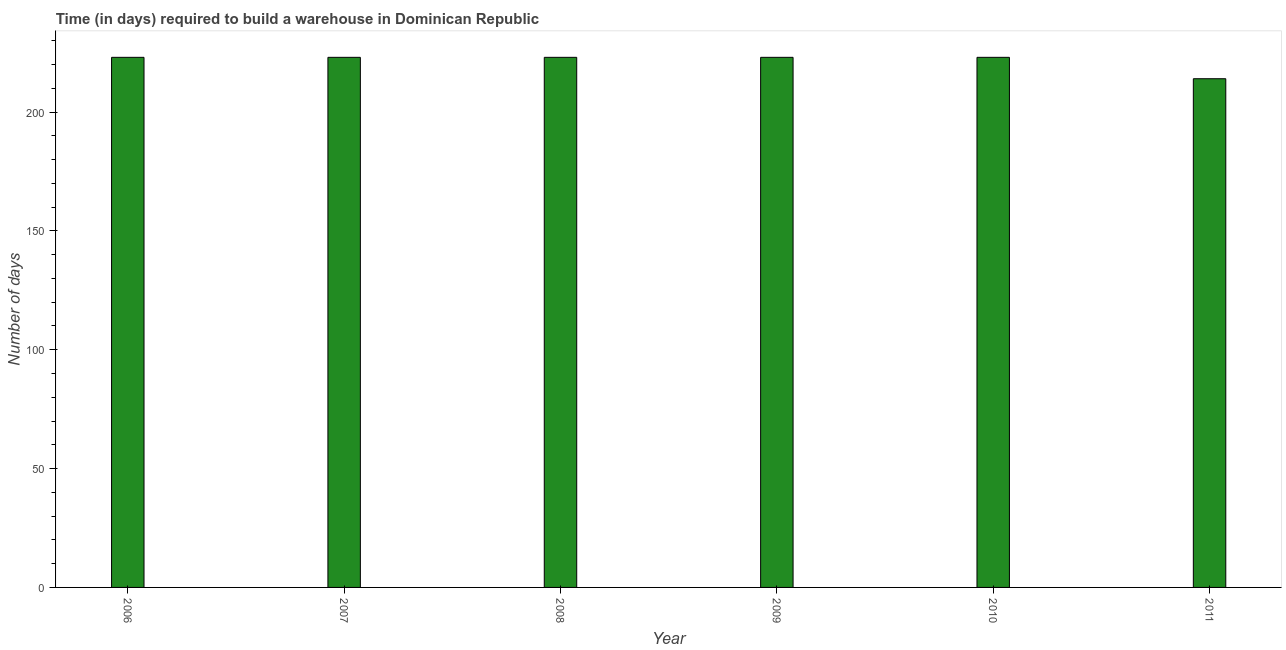
| Year | Time required to build a warehouse |
 | --- | --- |
 | 2006 | 223 |
 | 2007 | 223 |
 | 2008 | 223 |
 | 2009 | 223 |
 | 2010 | 223 |
 | 2011 | 214 |